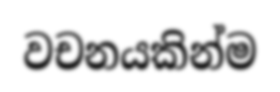
වචනයකින්ම